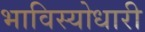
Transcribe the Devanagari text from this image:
भाविस्योधारी